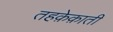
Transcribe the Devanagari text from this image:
तहक़ेक़ाती